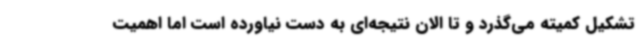
تشکیل کمیته می‌گذرد و تا الان نتیجه‌ای به دست نیاورده است اما اهمیت